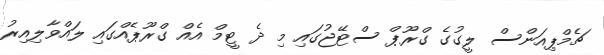
ޗެމްޕިއަންސް ލީގުގެ ގްރޫޕް ސްޓޭޖުގައި މި ދެ ޓީމް އެއް ގްރޫޕެއްގައި ލައްވާލިއިރު